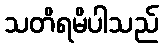
သတိရမိပါသည်